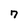
Character: 7